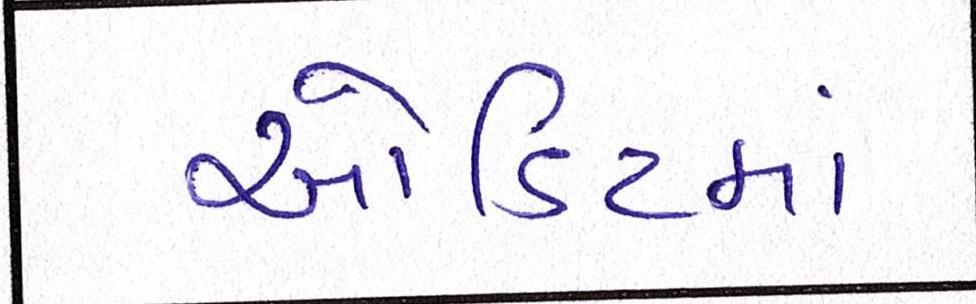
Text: ઓડિટમાં